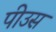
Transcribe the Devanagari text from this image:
पीउस